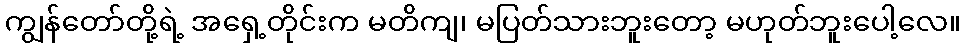
ကျွန်တော်တို့ရဲ့ အရှေ့တိုင်းက မတိကျ၊ မပြတ်သားဘူးတော့ မဟုတ်ဘူးပေါ့လေ။